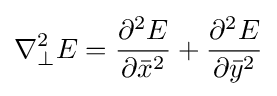
\nabla _{\perp }^{2}E={\frac {\partial ^{2}E}{\partial {\bar {x}}^{2}}}+{\frac {\partial ^{2}E}{\partial {\bar {y}}^{2}}}